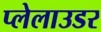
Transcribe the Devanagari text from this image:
प्लेलाउडर